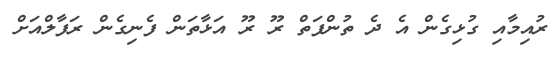
ރުއިމާއި ގުޅިގެން އެ ދެ ތުންފަތް ރޫ ރޫ އަޅާތަން ފެނިގެން ރަފާލްއަށް